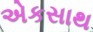
એકસાથ